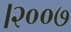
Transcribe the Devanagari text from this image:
।२००७